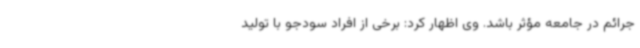
جرائم در جامعه مؤثر باشد. وی اظهار کرد: برخی از افراد سودجو با تولید